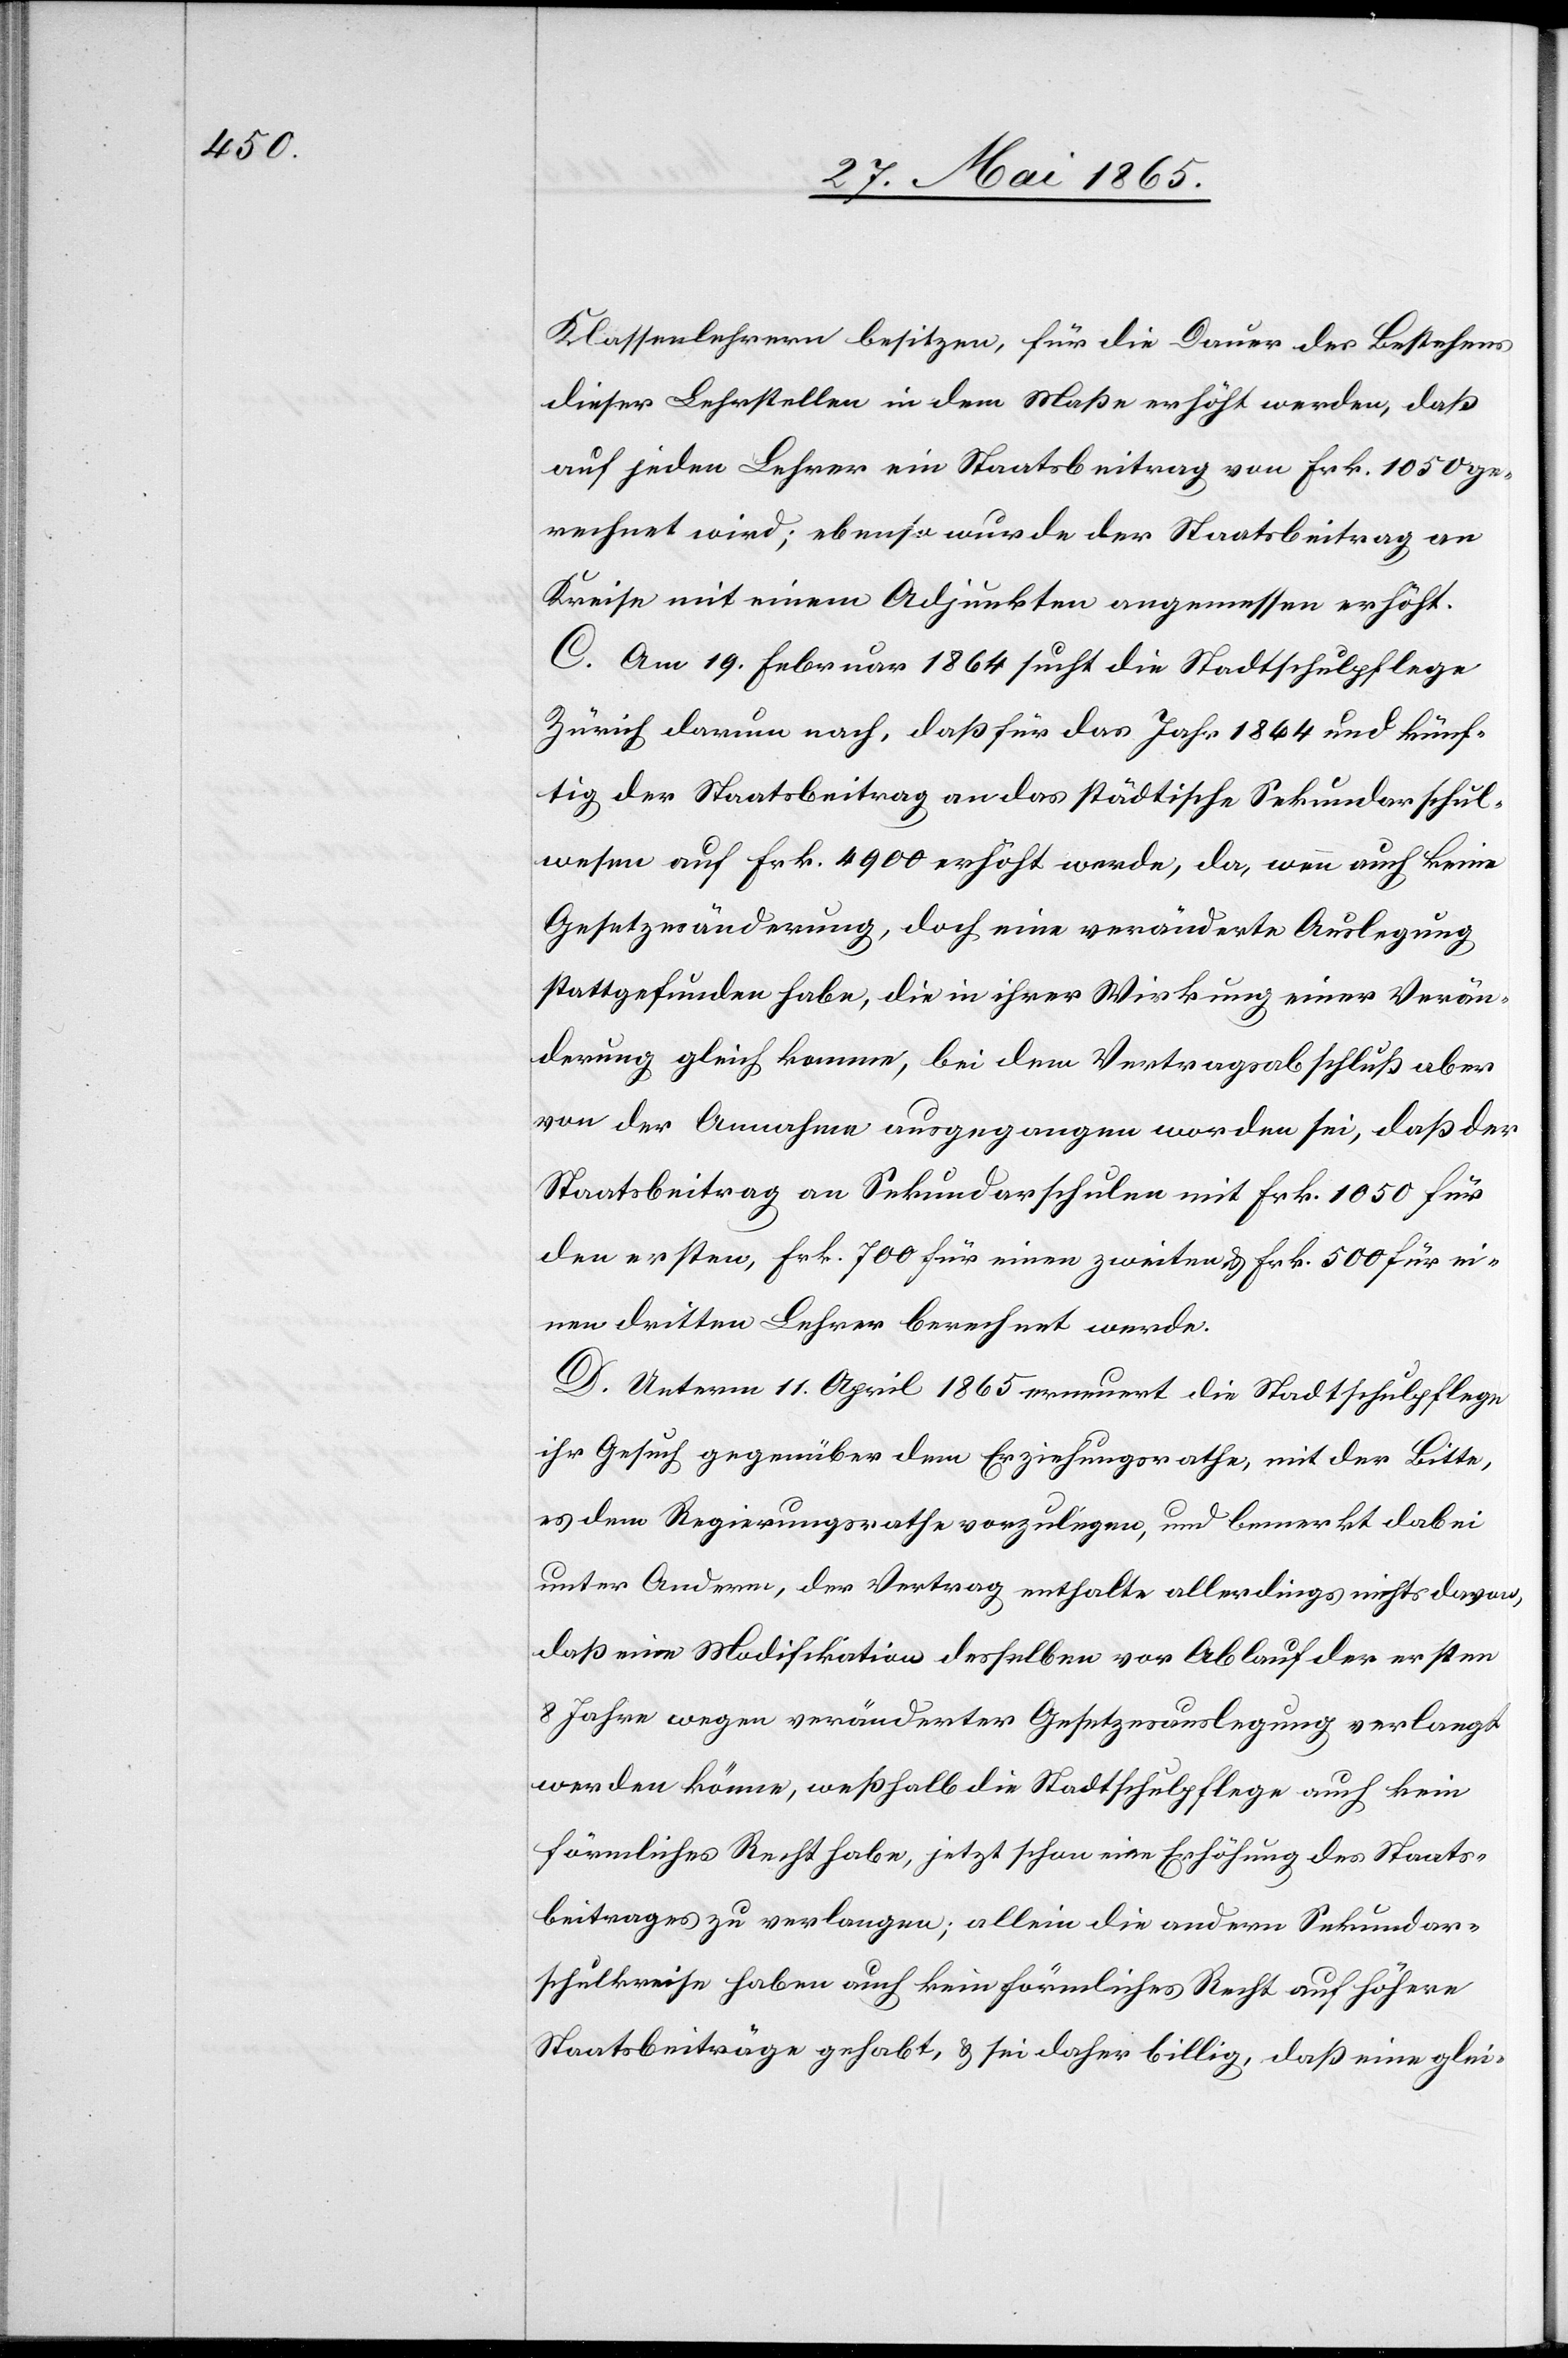
Klassenlehrern besitzen, für die Dauer des Bestehens
dieser Lehrstellen in dem Maße erhöht werden, daß
auf jeden Lehrer ein Staatsbeitrag von Frk. 1050 ge¬
rechnet wird; ebenso wurde der Staatsbeitrag an
Kreise mit einem Adjunkten angemessen erhöht.
C. Am 19. Februar 1864 sucht die Stadtschulpflege
Zürich darum nach, daß für das Jahr 1864 und künf¬
tig der Staatsbeitrag an das städtische Sekundarschul¬
wesen auf Frk. 4900 erhöht werde, da, wenn auch keine
Gesetzesänderung, doch eine veränderte Auslegung
stattgefunden habe, die in ihrer Wirkung einer Verän¬
derung gleich komme, bei dem Vertragsabschluß aber
von der Annahme ausgegangen worden sei, daß der
Staatsbeitrag an Sekundarschulen mit Frk. 1050 für
den ersten, Frk. 700 für einen zweiten & Frk. 500 für ei¬
nen dritten Lehrer berechnet werde.
D. Unterm 11. April 1865 erneuert die Stadtschulpflege
ihr Gesuch gegenüber dem Erziehungsrathe, mit der Bitte,
es dem Regierungsrathe vorzulegen, und bemerkt dabei
unter Anderm, der Vertrag enthalte allerdings nichts davon,
daß eine Modifikation desselben vor Ablauf der ersten
8 Jahre wegen veränderter Gesetzesauslegung verlangt
werden könne, weßhalb die Stadtschulpflege auch kein
förmliches Recht habe, jetzt schon eine Erhöhung des Staats¬
beitrages zu verlangen; allein die andern Sekundar¬
schulkreise haben auch kein förmliches Recht auf höhere
Staatsbeiträge gehabt, & sei daher billig, daß eine glei-